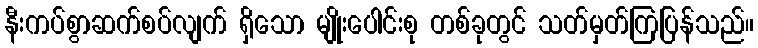
နီးကပ်စွာဆက်စပ်လျက် ရှိသော မျိုးပေါင်းစု တစ်ခုတွင် သတ်မှတ်ကြပြန်သည်။